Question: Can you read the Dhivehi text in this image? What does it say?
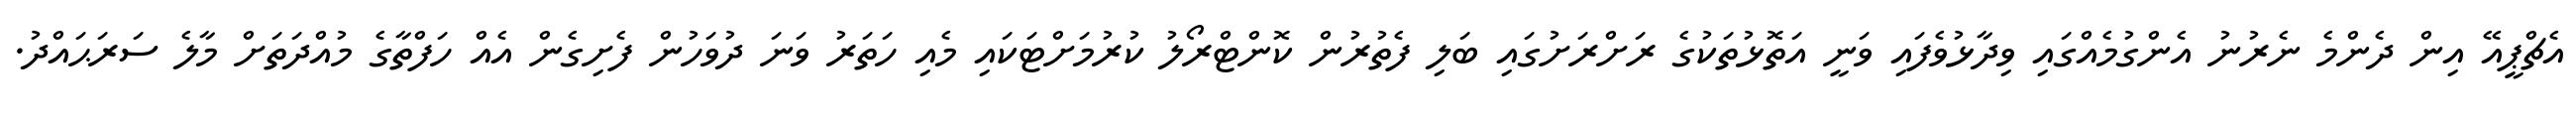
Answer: އެޗްޕީއޭ އިން ދެންމެ ނެރުނު އެންގުމެއްގައި ވިދާޅުވެފައި ވަނީ އަތޮޅުތަކުގެ ރަށްރަށުގައި ބަލި ފެތުރުން ކޮންޓްރޯލު ކުރުމަށްޓަކައި މެއި ހަތަރު ވަނަ ދުވަހުން ފެށިގެން އެއް ހަފްތާގެ މުއްދަތަށް މާލެ ސަރަޙައްދު.